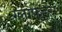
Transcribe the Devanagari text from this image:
ग्लाफेड्स